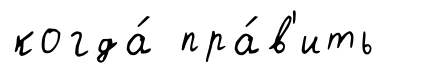
когда́ пра́в'ить